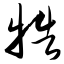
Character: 牿